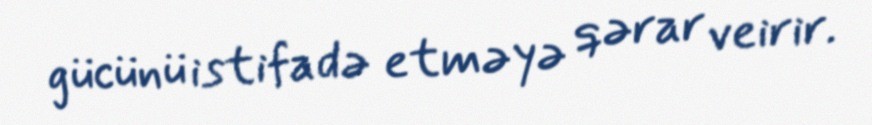
gücünü istifadə etməyə qərar veirir.